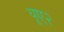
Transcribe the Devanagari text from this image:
यूए२